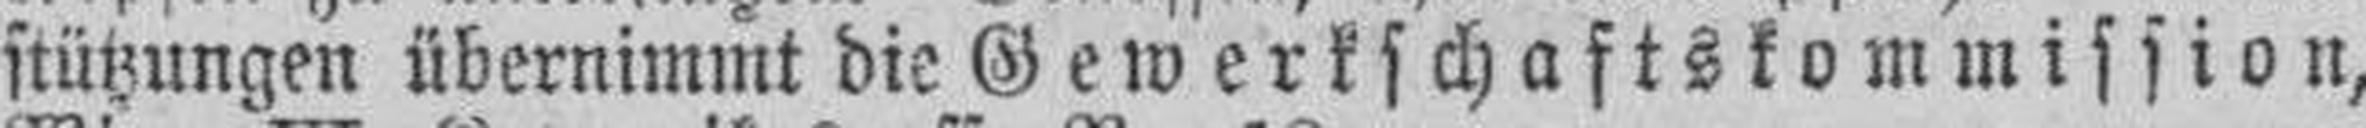
stützungen übernimmt die Gewerkschaftskommission,